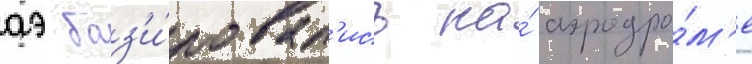
аэ баз'и́ровал'ись на́ аэродро́м'е